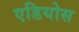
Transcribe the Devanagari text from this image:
एडियोस